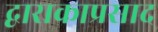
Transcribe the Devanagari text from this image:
द्वाराकाप्रसाद